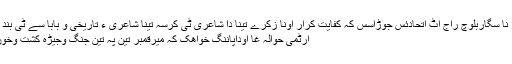
میر قمبر نا سگاربلوچ راج اٹ اتحادئس جوڑاسس کہ کفایت کرار اونا زکرے تینا دا شاعری ٹی کرسہ تینا شاعری ءِ تاریخی و بابا سے ٹی بند کرینے :
ارٹمی حوالہ غا اوداپاننگ خواھک کہ میرقمبر تین پہ تین جنگ وجیڑہ کشت وخون کتنے ۔